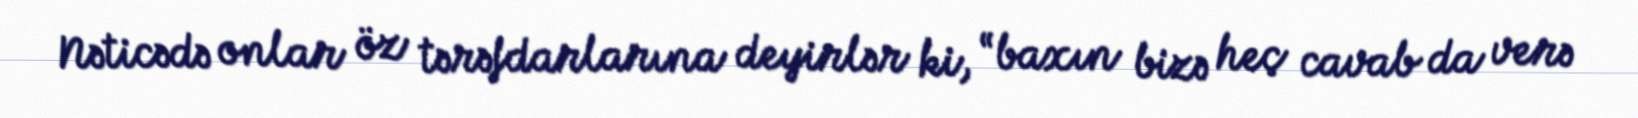
Nəticədə onlar öz tərəfdarlarına deyirlər ki, “baxın bizə heç cavab da verə